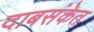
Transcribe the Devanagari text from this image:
दाबसंकेत